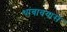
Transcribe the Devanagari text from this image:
थांबावयास